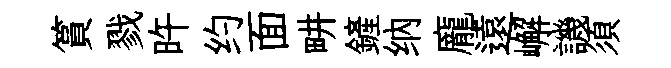
篔戮旿约面畊鏟纳龐遠嶰譏須